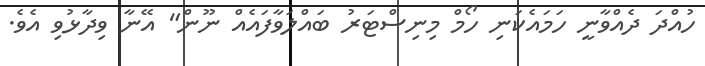
ހުއްދަ ދެއްވާނީ ހަމައެކަނި ހޯމް މިނިސްޓަރު ބައްލަވާފައެއް ނޫން" އޭނާ ވިދާޅުވި އެވެ.